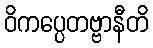
ဝိကပ္ပေတဗ္ဗာနီတိ